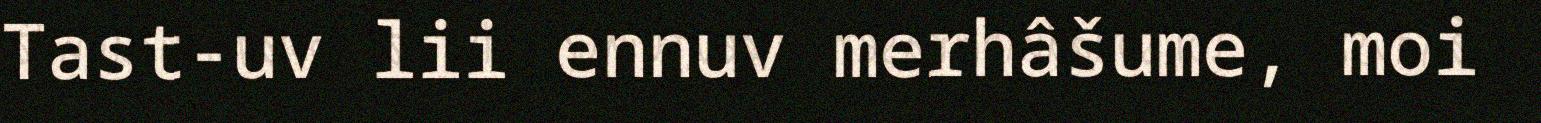
Tast-uv lii ennuv merhâšume, moi